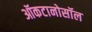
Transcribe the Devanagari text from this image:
ऑकटानोसॉल